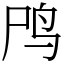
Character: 鸤